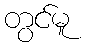
တွင်မူ